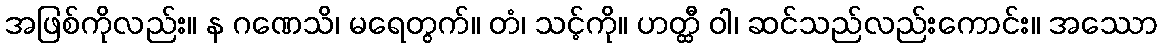
အဖြစ်ကိုလည်း။ န ဂဏေသိ၊ မရေတွက်။ တံ၊ သင့်ကို။ ဟတ္ထီ ဝါ၊ ဆင်သည်လည်းကောင်း။ အဿော